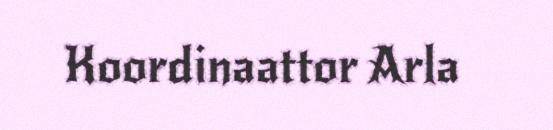
Koordinaattor Arla